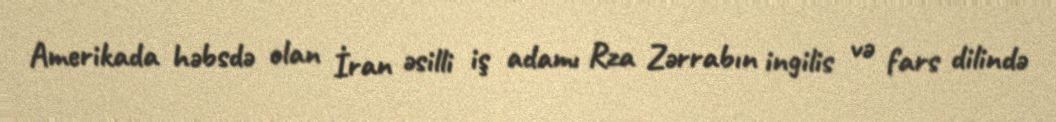
Amerikada həbsdə olan İran əsilli iş adamı Rza Zərrabın ingilis və fars dilində